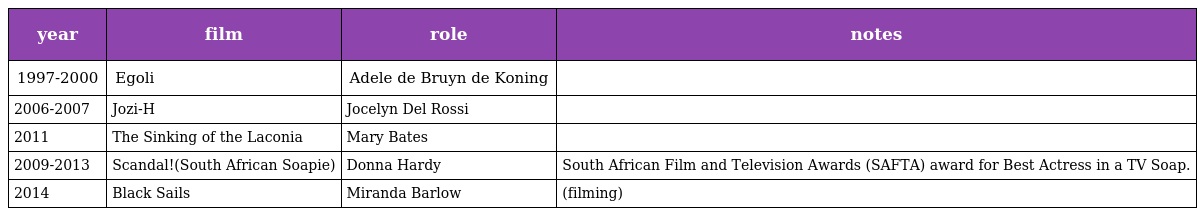
| year | film | role | notes |
 | --- | --- | --- | --- |
 | 1997-2000 | Egoli | Adele de Bruyn de Koning |  |
 | 2006-2007 | Jozi-H | Jocelyn Del Rossi |  |
 | 2011 | The Sinking of the Laconia | Mary Bates |  |
 | 2009-2013 | Scandal!(South African Soapie) | Donna Hardy | South African Film and Television Awards (SAFTA) award for Best Actress in a TV Soap. |
 | 2014 | Black Sails | Miranda Barlow | (filming) |